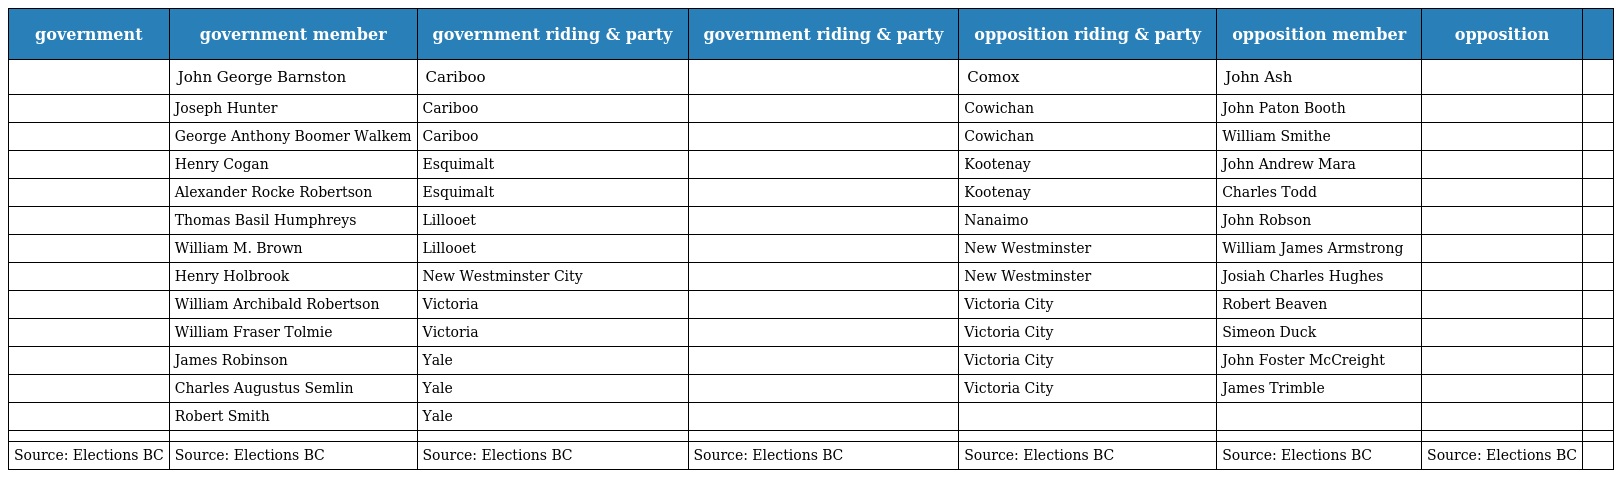
| government | government member | government riding & party | government riding & party | opposition riding & party | opposition member | opposition |  |
 | --- | --- | --- | --- | --- | --- | --- | --- |
 |  | John George Barnston | Cariboo |  | Comox | John Ash |  |  |
 |  | Joseph Hunter | Cariboo |  | Cowichan | John Paton Booth |  |  |
 |  | George Anthony Boomer Walkem | Cariboo |  | Cowichan | William Smithe |  |  |
 |  | Henry Cogan | Esquimalt |  | Kootenay | John Andrew Mara |  |  |
 |  | Alexander Rocke Robertson | Esquimalt |  | Kootenay | Charles Todd |  |  |
 |  | Thomas Basil Humphreys | Lillooet |  | Nanaimo | John Robson |  |  |
 |  | William M. Brown | Lillooet |  | New Westminster | William James Armstrong |  |  |
 |  | Henry Holbrook | New Westminster City |  | New Westminster | Josiah Charles Hughes |  |  |
 |  | William Archibald Robertson | Victoria |  | Victoria City | Robert Beaven |  |  |
 |  | William Fraser Tolmie | Victoria |  | Victoria City | Simeon Duck |  |  |
 |  | James Robinson | Yale |  | Victoria City | John Foster McCreight |  |  |
 |  | Charles Augustus Semlin | Yale |  | Victoria City | James Trimble |  |  |
 |  | Robert Smith | Yale |  |  |  |  |  |
 |  |  |  |  |  |  |  |  |
 | Source: Elections BC | Source: Elections BC | Source: Elections BC | Source: Elections BC | Source: Elections BC | Source: Elections BC | Source: Elections BC |  |